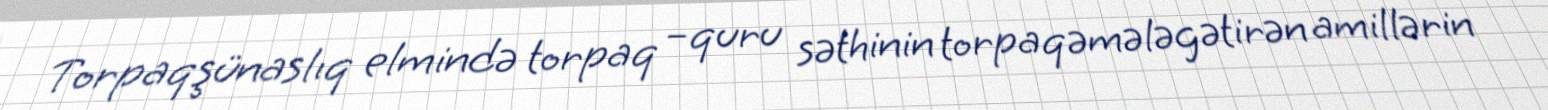
Torpaqşünaslıq elmində torpaq –quru səthinin torpaqəmələgətirən amillərin